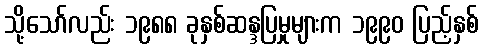
သို့သော်လည်း ၁၉၈၈ ခုနှစ်ဆန္ဒပြမှုများက ၁၉၉၀ ပြည့်နှစ်